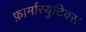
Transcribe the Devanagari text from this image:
फ़ार्मास्युटिक्स